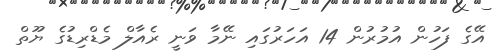
އޭގެ ފަހުން އުމުރުން 14 އަހަރުގައި ނޭމާ ވަނީ ރެއާލް މެޑްރިޑުގެ ޔޫތް